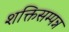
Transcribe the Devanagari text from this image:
शक्तिसम्पन्न